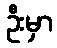
ဦးမှာ